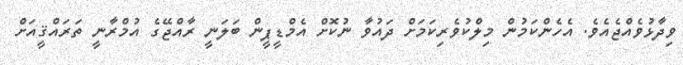
ވިދާޅުވެއްޖެއެވެ. އެހެންކަމުން މިލްކުވެރިކަމަށް ދައުވާ ނުކޮށް އެމްޑީޕީން ބަލަނީ ރާއްޖޭގެ އުމްރާނީ ތަރައްޤީއަށް